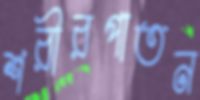
শরীরপাতন